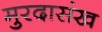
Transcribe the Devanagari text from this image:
मुरदासंख